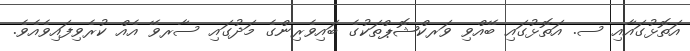
އަތޮޅުގައާއި ސ. އަތޮޅުގައި ބޭއްވި ވަރކްޝޮޕްތަކުގެ ބައިވެރިންގެ މަދުގައި ސާރވޭ އެއް ކުރެވިފައިވެއެވެ.